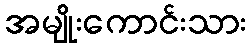
အမျိုးကောင်းသား